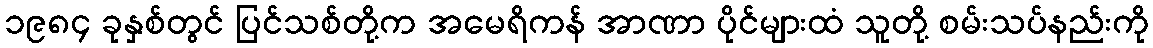
၁၉၈၄ ခုနှစ်တွင် ပြင်သစ်တို့က အမေရိကန် အာဏာ ပိုင်များထံ သူတို့ စမ်းသပ်နည်းကို